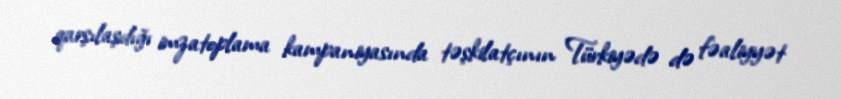
qarşılaşdığı imzatoplama kampaniyasında təşkilatçının Türkiyədə də fəaliyyət